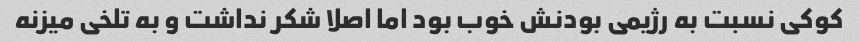
کوکی نسبت به رژیمی بودنش خوب بود اما اصلا شکر نداشت و به تلخی میزنه